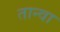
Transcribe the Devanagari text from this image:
तान्वा